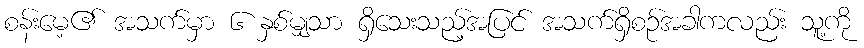
စန်းမေ့၏ အသက်မှာ ၆ နှစ်မျှသာ ရှိသေးသည့်အပြင် အသက်ရှိစဉ်အခါကလည်း သူ့ကို